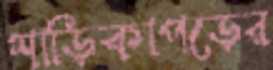
শাড়িকাপড়ের